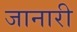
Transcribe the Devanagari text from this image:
जानारी